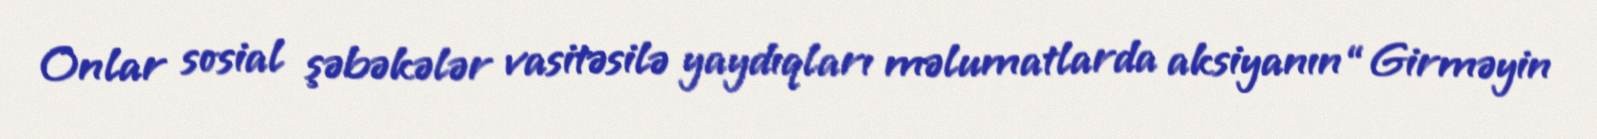
Onlar sosial şəbəkələr vasitəsilə yaydıqları məlumatlarda aksiyanın “Girməyin